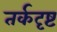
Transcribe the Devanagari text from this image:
तर्कदृष्ट